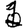
Digit: 1